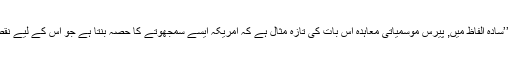
ٹرمپ کے بقول، ’’سادہ الفاظ میں, پیرس موسمیاتی معاہدہ اس بات کی تازہ مثال ہے کہ امریکہ ایسے سمجھوتے کا حصہ بنتا ہے جو اُس کے لیے نقصاندہ ہوتے ہیں‘‘۔